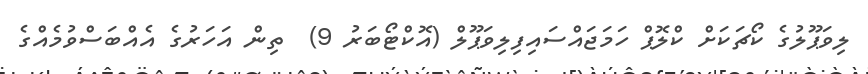
ލިވަޕޫލުގެ ކޯޗަކަށް ކްލޮޕް ހަމަޖައްސައިފިލިވަޕޫލް (އޮކްޓޯބަރު 9)  ތިން އަހަރުގެ އެއްބަސްވުމެއްގެ